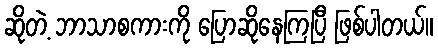
ဆိုတဲ့ ဘာသာစကားကို ပြောဆိုနေကြပြီ ဖြစ်ပါတယ်။